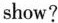
show?